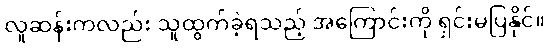
လူဆန်းကလည်း သူထွက်ခဲ့ရသည့် အကြောင်းကို ရှင်းမပြနိုင်။